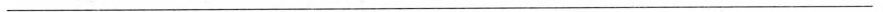
___